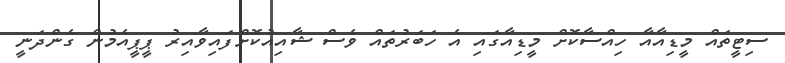
ސިޓީތައް މީޑިއާއާ ހިއްސާކޮށް މީޑިއާގައި އެ ހަބަރުތައް ވެސް ޝާއިއުކޮށްފައިވާއިރު ޕީޕީއެމުން ގެންދަނީ